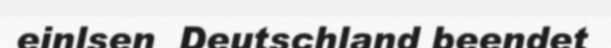
einlsen  Deutschland beendet